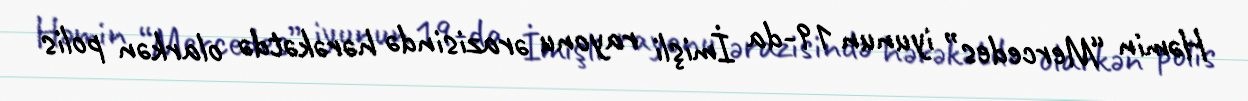
Həmin “Mercedes” iyunun 19-da İmişli rayonu ərazisində hərəkətdə olarkən polis